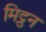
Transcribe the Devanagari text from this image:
मिट्ठन